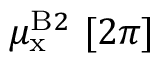
\mu _ { \mathrm { x } } ^ { { \mathrm B } 2 } ~ [ 2 \pi ]